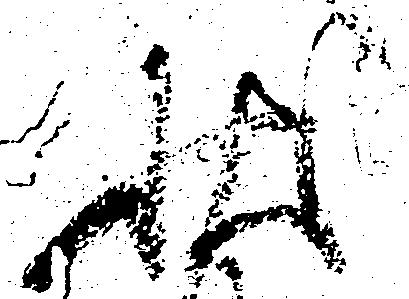
状